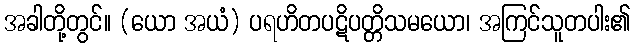
အခါတို့တွင်။ (ယော အယံ) ပရဟိတပဋိပတ္တိသမယော၊ အကြင်သူတပါး၏